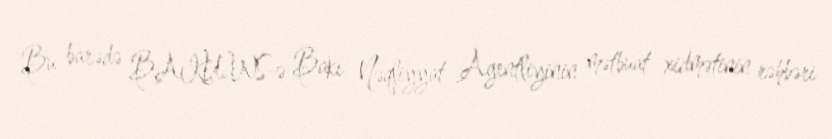
Bu barədə BAKU.WS-ə Bakı Nəqliyyat Agentliyinin mətbuat xidmətinin rəhbəri